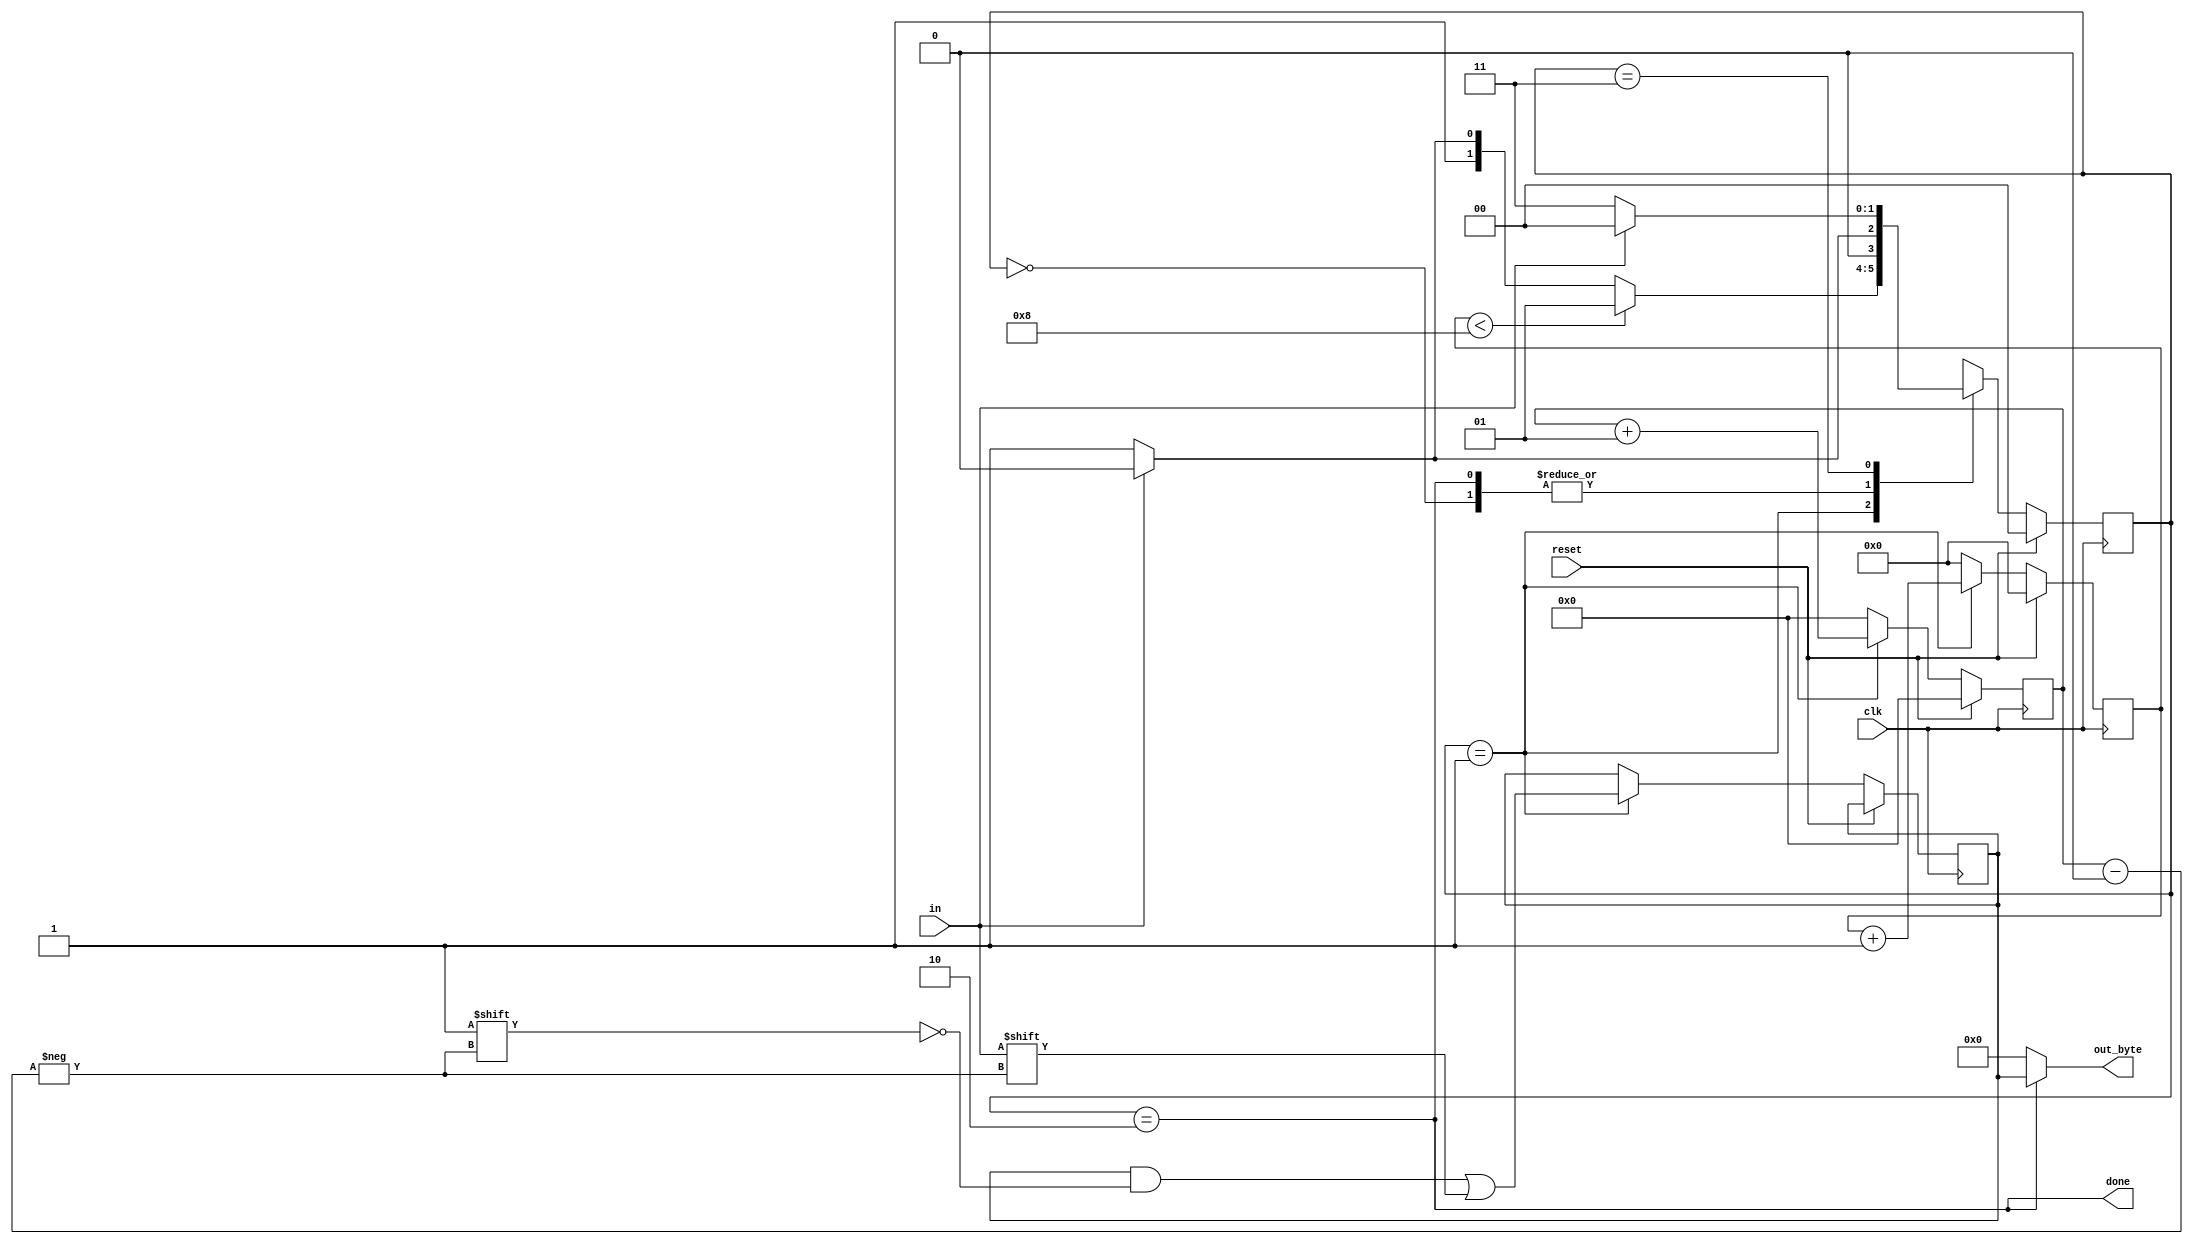
module top_module(
    input clk,
    input in,
    input reset,    // Synchronous reset
    output [7:0] out_byte,
    output done
); //
    integer i;
    // Use FSM from Fsm_serial
    parameter start = 2'd0,data = 2'd1,stop = 2'd2,error = 2'd3;
    reg [1:0] state,next_state;
    reg [3:0] count;
    reg [7:0] out_byte1;
    always @(*) begin
        case (state)
            start:next_state <= in?start:data;
            data:begin next_state <= count<8?data:(in?stop:error);end
            stop:next_state <= in?start:data;
            error:next_state <= in?start:error;
            default:next_state <= start;
        endcase
    end
    always @(posedge clk) begin
        if (reset)
            state <= start;
        else
            state <= next_state;
    end
    always @(posedge clk) begin
        if(reset)begin
            count <= 4'd0;
            i<=0;
        end
            else if (state == data)begin
            count <= count+1'b1;
                out_byte1[i]<=in;
                i<=i+1;
            end
        else begin count <= 4'd0; i<=0; end
    end
    assign done = (state == stop);

    // New: Datapath to latch input bits.
     assign out_byte = done?out_byte1:8'd0;     

endmodule